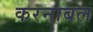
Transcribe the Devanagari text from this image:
करनाबल